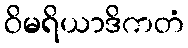
ဝိမရိယာဒိကတံ